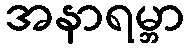
အနာရမ္ဘာ